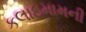
કલાઇમામની